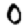
Digit: 0